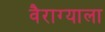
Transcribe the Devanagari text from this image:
वैराग्याला